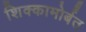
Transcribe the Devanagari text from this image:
शिक्कामोर्बत